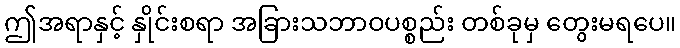
ဤအရာနှင့် နှိုင်းစရာ အခြားသဘာဝပစ္စည်း တစ်ခုမှ တွေးမရပေ။